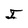
Character: I